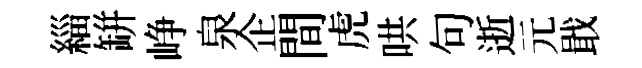
緇缾峥泉企間虎哄句逝元戢